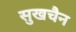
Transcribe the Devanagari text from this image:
सुखचैन